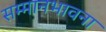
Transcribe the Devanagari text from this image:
सम्मानभावना